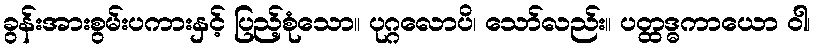
ခွန်းအားစွမ်းပကားနှင့် ပြည့်စုံသော။ ပုဂ္ဂလောပိ၊ သော်လည်း။ ပတ္ထဒ္ဓကာယော ဝါ၊